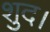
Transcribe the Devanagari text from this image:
शुद।